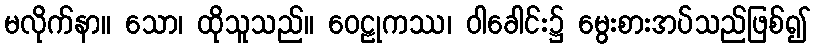
မလိုက်နာ။ သော၊ ထိုသူသည်။ ဝေဠုကဿ၊ ဝါခေါင်း၌ မွေးစားအပ်သည်ဖြစ်၍